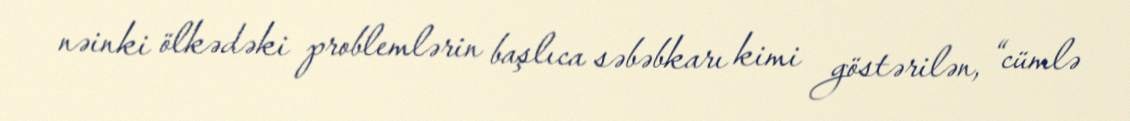
nəinki ölkədəki problemlərin başlıca səbəbkarı kimi göstərilən, “cümlə